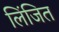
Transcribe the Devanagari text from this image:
लिंजित